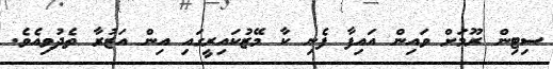
ސިޓިން ރޫމަށް ވައިން އައިފާ ފެނި ކާ މޭޒުކައިރީގައި އިން އަޒުރާ ތެދުވިއެވެ.